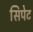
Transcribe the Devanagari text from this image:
सिपेट